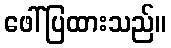
ဖေါ်ပြထားသည်။